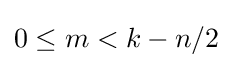
0\leq m<k-n/2